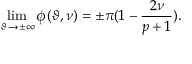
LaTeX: \operatorname * { l i m } _ { \vartheta \, \rightarrow \pm \infty } \phi ( \vartheta , \nu ) = \pm \pi ( 1 - \displaystyle \frac { 2 \nu } { p + 1 } ) .